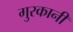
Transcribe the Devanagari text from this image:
गुरकानी